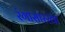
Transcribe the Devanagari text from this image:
रंगासारखा